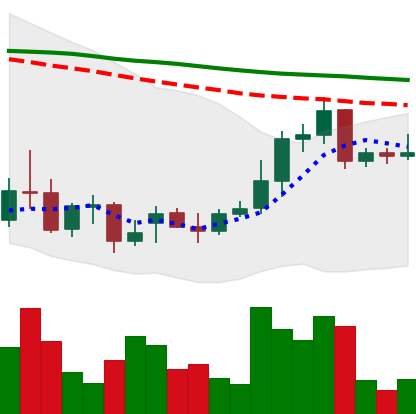
Ticker: XRP-USD
Chart end date: 2021-12-27
Forward return: -8.283%
Label: down_7plus